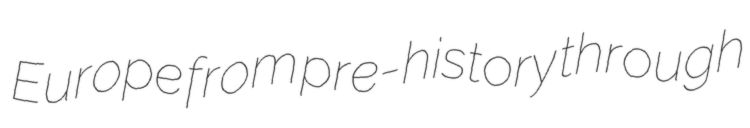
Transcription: Europe from pre-history through